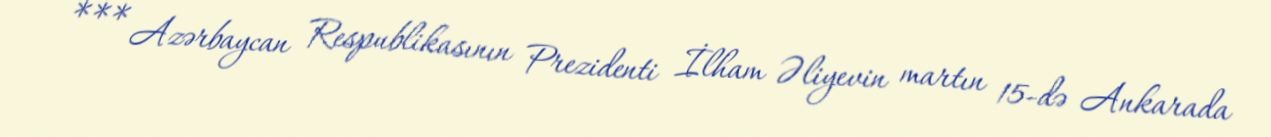
*** Azərbaycan Respublikasının Prezidenti İlham Əliyevin martın 15-də Ankarada